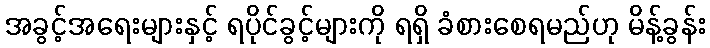
အခွင့်အရေးများနှင့် ရပိုင်ခွင့်များကို ရရှိ ခံစားစေရမည်ဟု မိန့်ခွန်း